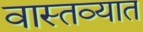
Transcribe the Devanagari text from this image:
वास्‍तव्‍यात